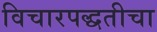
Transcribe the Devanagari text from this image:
विचारपद्धतीचा